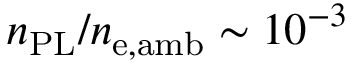
n _ { \mathrm { P L } } / n _ { \mathrm { e , a m b } } \sim 1 0 ^ { - 3 }